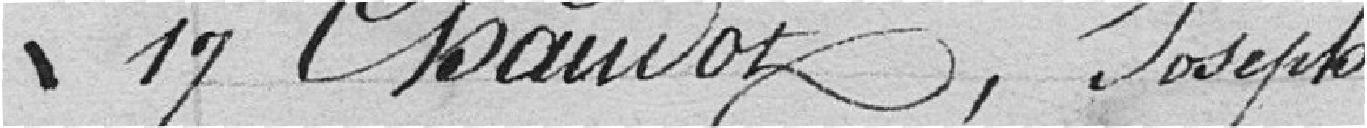
17 Chauvot, Joseph